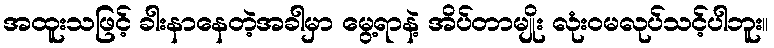
အထူးသဖြင့် ခါးနာနေတဲ့အခါမှာ မွေ့ရာနဲ့ အိပ်တာမျိုး လုံးဝမလုပ်သင့်ပါဘူး။